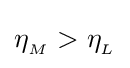
\eta _{_{M}}>\eta _{_{L}}